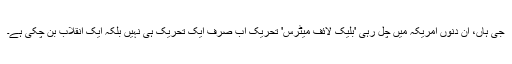
جی ہاں، ان دنوں امریکہ میں چل رہی 'بلیک لائف میٹرس' تحریک اب صرف ایک تحریک ہی نہیں بلکہ ایک انقلاب بن چکی ہے۔